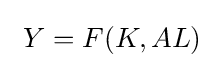
\ Y=F(K,AL)